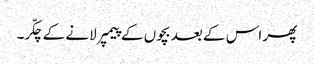
پھر اس کے بعد بچوں کے پیمپر لانے کے چکّر۔